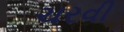
ચરવી